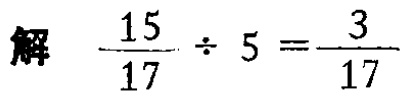
解 \(\frac{15}{17} \div 5 =\frac{3}{17}\)